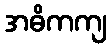
အဓိကကျ